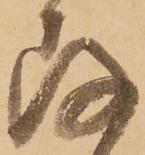
存